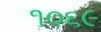
૧૦૬૯